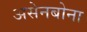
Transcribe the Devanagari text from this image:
असेनबोना